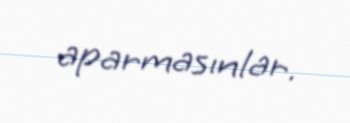
aparmasınlar.